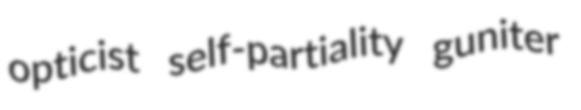
opticist self-partiality guniter